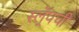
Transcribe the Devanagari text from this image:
स्ल्रॅपची